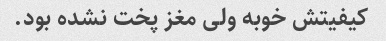
کیفیتش خوبه ولی مغز پخت نشده بود.